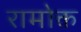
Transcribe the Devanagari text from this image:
रामोक्त